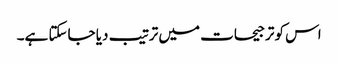
اس کو ترجیحات میں ترتیب دیا جاسکتا ہے۔